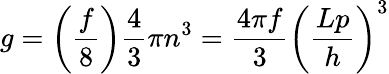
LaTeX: g=\left({\frac{f}{8}}\right){\frac{4}{3}}\pi n^{3}={\frac{4\pi f}{3}}\left({\frac{Lp}{h}}\right)^{3}